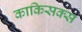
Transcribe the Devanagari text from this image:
काकिसक्स